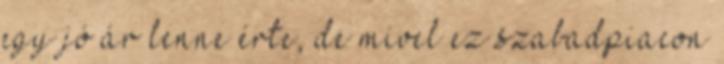
egy jó ár lenne érte, de mivel ez szabadpiacon